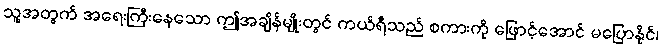
သူ့အတွက် အရေးကြီးနေသော ဤအချိန်မျိုးတွင် ကယ်ရီသည် စကားကို ဖြောင့်အောင် မပြောနိုင်၊